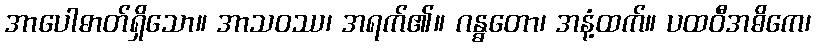
အာပေါဓာတ်ရှိသော။ အာသဝဿ၊ အရက်၏။ ဂန္ဓတော၊ အနံ့ထက်။ ပထဝီအဓိကေ၊